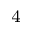
^ 4